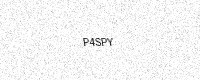
Text: P4SPY